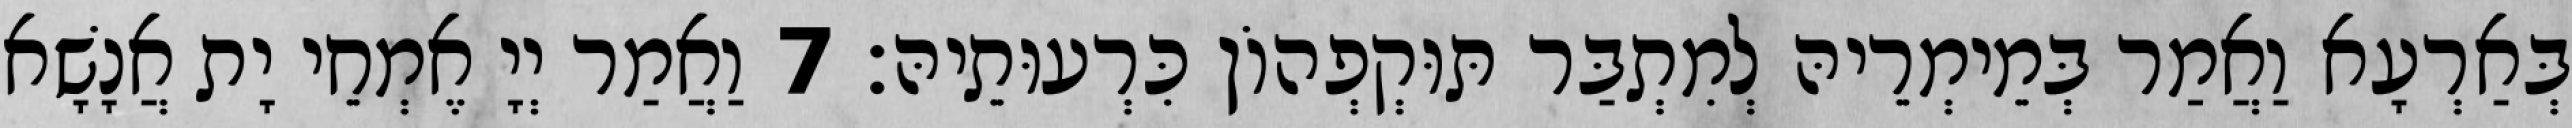
בְּאַרְעָא וַאֲמַר בְּמֵימְרֵיהּ לְמִתְבַּר תּוּקְפְהוֹן כִּרְעוּתֵיהּ׃ 7 וַאֲמַר יְיָ אֶמְחֵי יָת אֲנָשָׁא